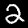
Digit: 2